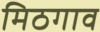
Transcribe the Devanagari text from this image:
मिठगाव